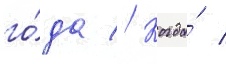
го́да // Когда́ /